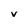
Character: V